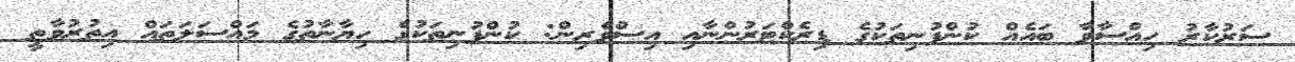
ސަރުކާރު ހިއްސާވާ ބައެއް ކުންފުނިތަކުގެ ޑިރެކްޓަރުންނާއި އިސްވެރިން: ކުންފުނިތަކުގެ ހިޔާނާތުގެ މައްސަލަތައް އިތުރުވާތީ